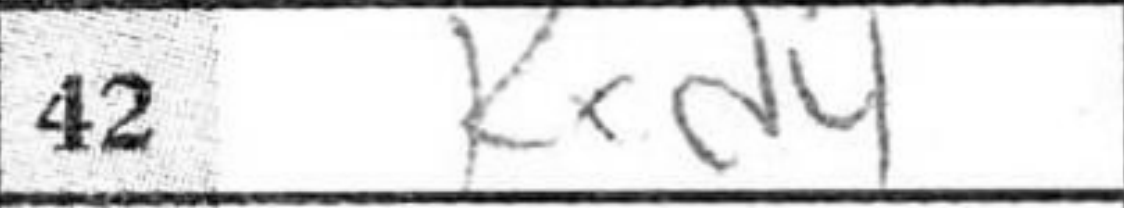
Transcription: Rxd4